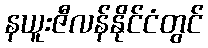
နယူးဇီလန်နိုင်ငံတွင်